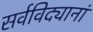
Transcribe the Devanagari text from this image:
सर्वविद्यानां